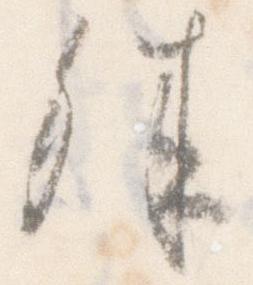
殊